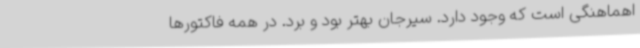
اهماهنگی است که وجود دارد. سیرجان بهتر بود و برد. در همه فاکتورها